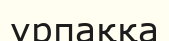
урпаққа